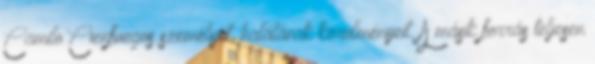
Camilo Cienfuegos személyét, halálának körülményeit. A másik forrás teljesen